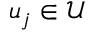
u _ { j } \in \mathcal { U }